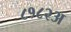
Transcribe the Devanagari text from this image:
८१८२अ